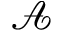
\mathcal { A }